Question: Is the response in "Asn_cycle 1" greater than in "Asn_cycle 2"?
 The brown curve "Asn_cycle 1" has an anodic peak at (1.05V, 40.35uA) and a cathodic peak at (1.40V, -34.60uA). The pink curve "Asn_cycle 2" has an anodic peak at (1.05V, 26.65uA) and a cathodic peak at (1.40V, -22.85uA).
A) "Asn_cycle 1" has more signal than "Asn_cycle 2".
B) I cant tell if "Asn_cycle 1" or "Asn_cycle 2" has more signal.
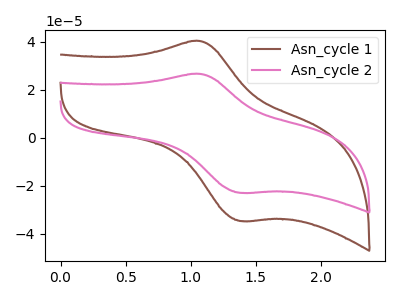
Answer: <think>All the peaks in "Asn_cycle 1" have a peak in "Asn_cycle 2" at the same potential. Every peak in "Asn_cycle 1" is higher than every peak in "Asn_cycle 2".
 </think>
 <answer>A) "Asn_cycle 1" has more signal than "Asn_cycle 2".</answer>
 <eval>A</eval>